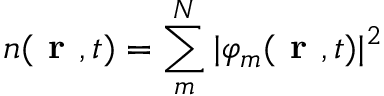
n ( \textbf { r } , t ) = \sum _ { m } ^ { N } | \varphi _ { m } ( \textbf { r } , t ) | ^ { 2 }